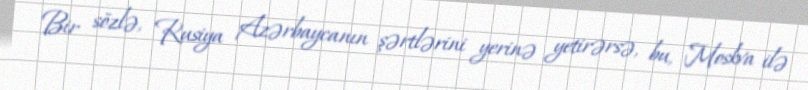
Bir sözlə, Rusiya Azərbaycanın şərtlərini yerinə yetirərsə, bu, Moskva ilə